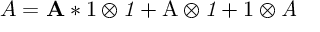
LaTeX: A = \mathbf { A } * \mathrm { 1 } \otimes \mathit { 1 } + \mathrm { A } \otimes \mathit { 1 } + \mathrm { 1 } \otimes \mathit { A }